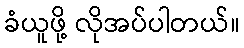
ခံယူဖို့ လိုအပ်ပါတယ်။